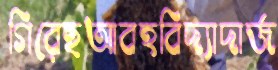
গিরেছআবহবিদ্যাদার্জ